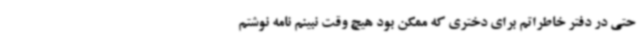
حتی در دفتر خاطراتم برای دختری که ممکن بود هیچ وقت نبینم نامه نوشتم